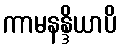
ကာမနန္ဒိယာပိ